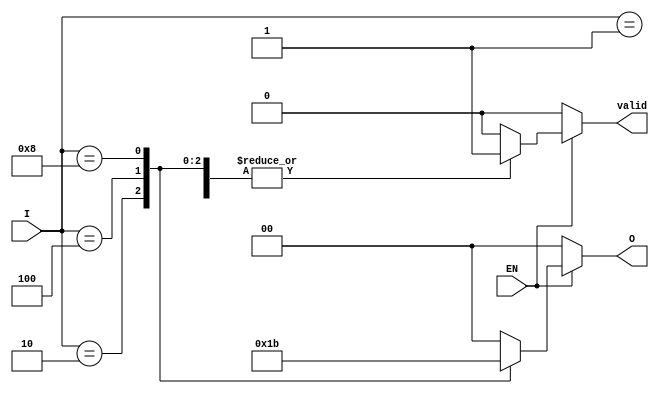
module one_of_n_encoder (
    input wire [3:0] I,  // 4 input lines
    input wire EN,       // Enable signal
    output reg [1:0] O,  // 2 output lines
    output reg valid     // Indicates if a valid input is detected
);

    always @(*) begin
        if (!EN) begin
            // If enable is low, set outputs to defined state
            O = 2'b00;
            valid = 1'b0;
        end else begin
            // Default output
            O = 2'b00;
            valid = 1'b1; // Assume valid unless no input is active

            case (I)
                4'b0001: O = 2'b00; // Input I[0] is active
                4'b0010: O = 2'b01; // Input I[1] is active
                4'b0100: O = 2'b10; // Input I[2] is active
                4'b1000: O = 2'b11; // Input I[3] is active
                default: begin
                    O = 2'b00; // Undefined state, can also set to a specific value
                    valid = 1'b0; // No valid input detected
                end
            endcase
        end
    end

endmodule